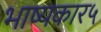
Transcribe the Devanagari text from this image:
भाष्यकार५